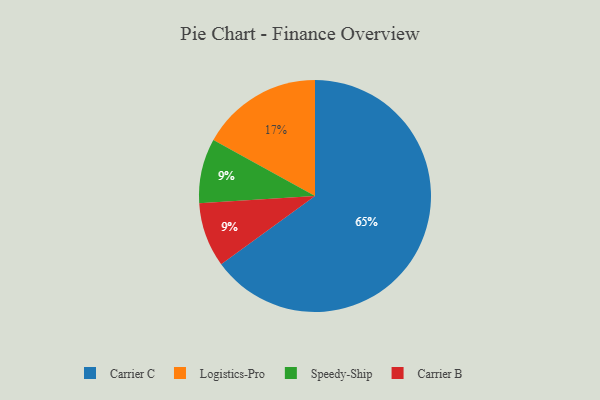
{"axis": {"x": "Category", "y": "Percentage"}, "legend": ["Carrier B", "Carrier C", "Logistics-Pro", "Speedy-Ship"], "data": [{"x": "Logistics-Pro", "y": 17, "type": "Logistics-Pro"}, {"x": "Speedy-Ship", "y": 9, "type": "Speedy-Ship"}, {"x": "Carrier B", "y": 9, "type": "Carrier B"}, {"x": "Carrier C", "y": 65, "type": "Carrier C"}]}